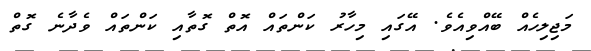
މަޖިލިހެއް ބޭއްވިއެވެ. އޭގައި މިހާރު ކަންތައް އޮތް ގޮތާއި ކަންތައް ވެދާނެ ގޮތް